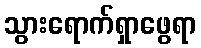
သွားရောက်ရှာဖွေရာ